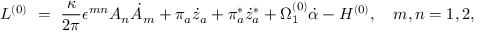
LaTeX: { \cal L } ^ { ( 0 ) } ~ = ~ \frac { \kappa } { 2 \pi } \epsilon ^ { m n } A _ { n } \dot { A } _ { m } + \pi _ { a } \dot { z } _ { a } + \pi _ { a } ^ { * } \dot { z } _ { a } ^ { * } + \Omega _ { 1 } ^ { ( 0 ) } \dot { \alpha } - { \cal H } ^ { ( 0 ) } , ~ ~ ~ m , n = 1 , 2 ,